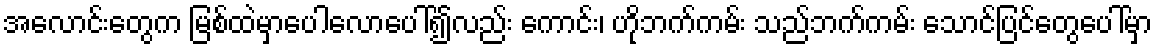
အလောင်းတွေက မြစ်ထဲမှာပေါလောပေါ်၍လည်း ကောင်း၊ ဟိုဘက်ကမ်း သည်ဘက်ကမ်း သောင်ပြင်တွေပေါ်မှာ